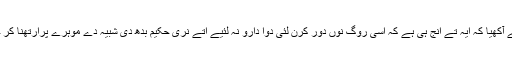
اوہناں نے آکھیا کہ ایہ تے انج ہی ہے کہ اسی روگ نوں دور کرن لئی دوا دارو نہ لئیے اتے نری حکیم بدھ دی شبیہ دے موہرے پرارتھنا کر چھڈئیے۔